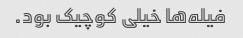
فیله‌ها خیلی کوچیک بود.